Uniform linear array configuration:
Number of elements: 12
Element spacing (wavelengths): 0.5
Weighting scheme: exponential
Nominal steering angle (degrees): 45
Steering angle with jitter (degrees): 46.845
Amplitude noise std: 0.05
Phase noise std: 0.05

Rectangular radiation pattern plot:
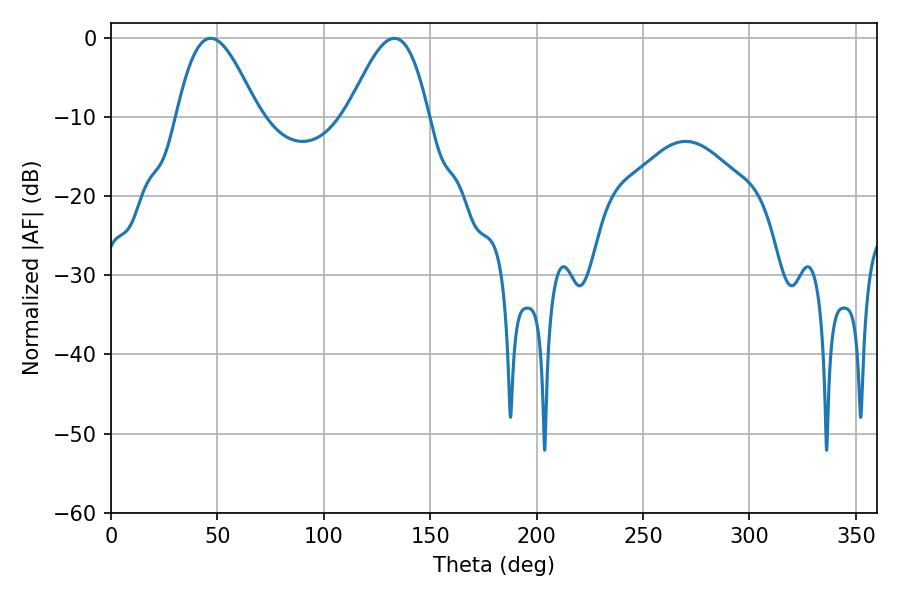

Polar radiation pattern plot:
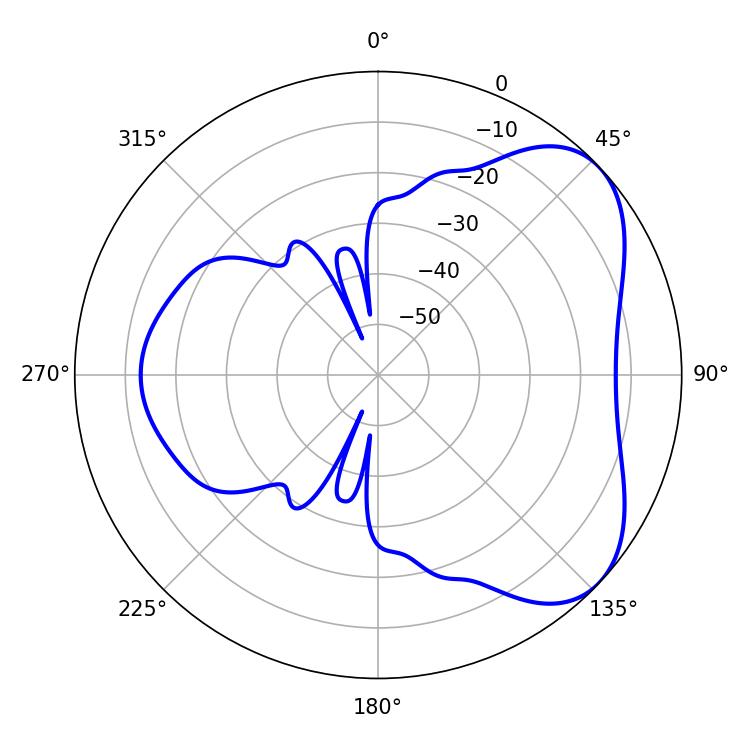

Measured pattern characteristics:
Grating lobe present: FALSE
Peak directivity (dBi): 5.315
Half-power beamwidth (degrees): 20.52
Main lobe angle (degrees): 46.8